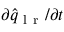
\partial { } \hat { q } _ { \mathrm { ~ l ~ r ~ } } / \partial { } t